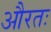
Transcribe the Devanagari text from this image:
औरतः